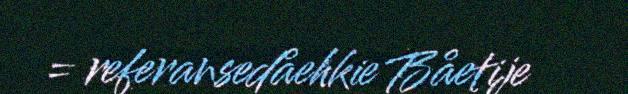
= referansedåehkie Båetije